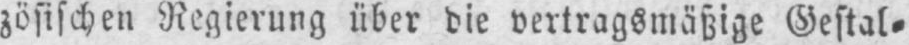
zösischen Regierung über die vertragsmäßige Gestal⸗